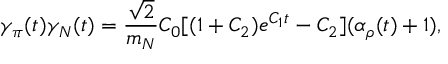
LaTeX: \gamma _ { \pi } ( t ) \gamma _ { N } ( t ) = \frac { \sqrt { 2 } } { m _ { N } } C _ { 0 } [ ( 1 + C _ { 2 } ) e ^ { C _ { 1 } t } - C _ { 2 } ] ( \alpha _ { \rho } ( t ) + 1 ) ,